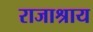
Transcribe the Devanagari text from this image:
राजाश्राय